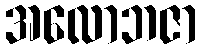
အလောဘဇာ